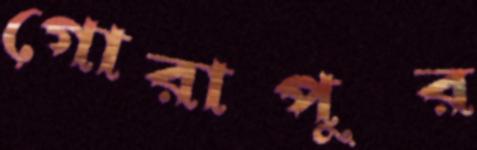
গোরাপুর